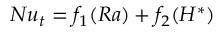
N u _ { t } = f _ { 1 } ( R a ) + f _ { 2 } ( H ^ { * } )